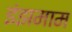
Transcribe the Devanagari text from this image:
इंझमाम